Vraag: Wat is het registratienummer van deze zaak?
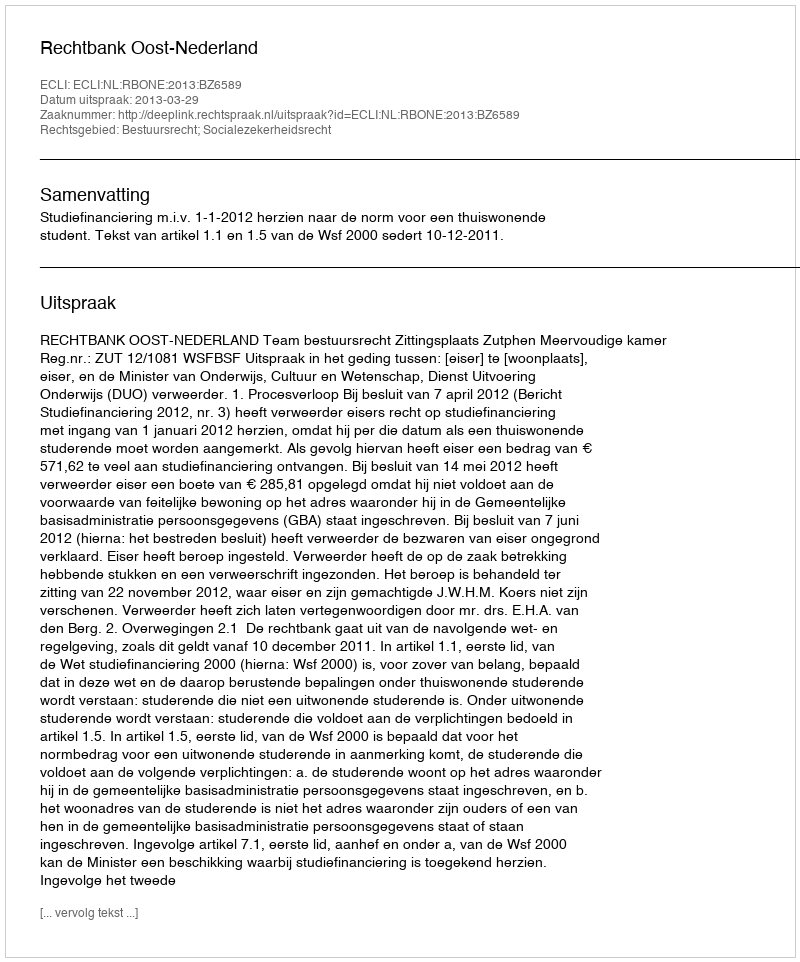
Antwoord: http://deeplink.rechtspraak.nl/uitspraak?id=ECLI:NL:RBONE:2013:BZ6589